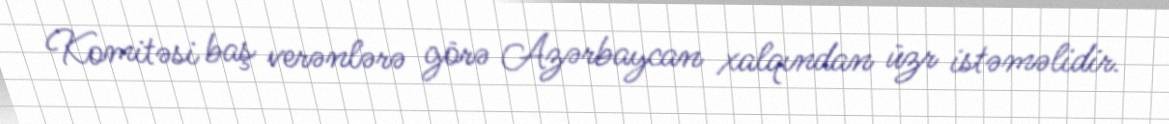
Komitəsi baş verənlərə görə Azərbaycan xalqından üzr istəməlidir.